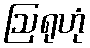
ဩရုဟုံ